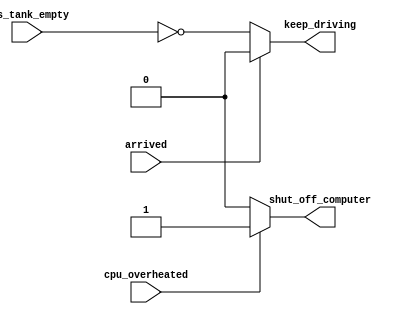
/* find bug in the code
// synthesis verilog_input_version verilog_2001
The following code contains incorrect behaviour that creates a latch. Fix the bugs so that you will shut off the computer only if it's really overheated, and stop driving if you've arrived at your destination or you need to refuel.
Always if2.png
always @(*) begin
    if (cpu_overheated)
       shut_off_computer = 1;
end

always @(*) begin
    if (~arrived)
       keep_driving = ~gas_tank_empty;
end
*/
// synthesis verilog_input_version verilog_2001
module top_module (
    input      cpu_overheated,
    output reg shut_off_computer,
    input      arrived,
    input      gas_tank_empty,
    output reg keep_driving  ); //

    always @(*) begin
        if (cpu_overheated) begin
           shut_off_computer = 1;
    end
        else
            shut_off_computer = 0;
    end

    always @(*) begin
        if (~arrived) begin
           keep_driving = ~gas_tank_empty;
    end
        else
            keep_driving = 0;
    end
endmodule